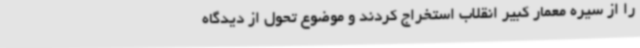
را از سیره معمار کبیر انقلاب استخراج کردند و موضوع تحول از دیدگاه